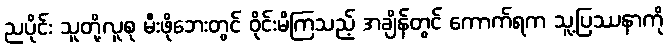
ညပိုင်း သူတို့လူစု မီးဖိုဘေးတွင် ဝိုင်းမိကြသည့် အချိန်တွင် ကောက်ရက သူ့ပြဿနာကို